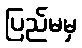
ပြည်မမှ